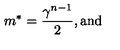
m \sp { * } = { \frac { \gamma \sp { n - 1 } } { 2 } } , \mathrm { a n d }